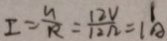
I = \frac { U } { R } = \frac { 1 2 V } { 1 2 \Omega } = 1 ^ { 1 } A